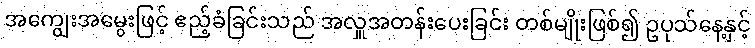
အကျွေးအမွေးဖြင့် ဧည့်ခံခြင်းသည် အလှူအတန်းပေးခြင်း တစ်မျိုးဖြစ်၍ ဥပုသ်နေ့နှင့်